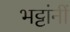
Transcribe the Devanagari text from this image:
भट्टांनीं